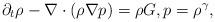
LaTeX: \begin{align*}\partial_t \rho-\nabla \cdot (\rho\nabla p)=\rho G, p=\rho^{\gamma},\end{align*}